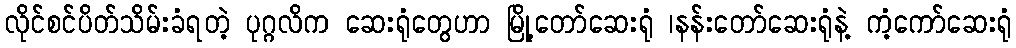
လိုင်စင်ပိတ်သိမ်းခံရတဲ့ ပုဂ္ဂလိက ဆေးရုံတွေဟာ မြို့တော်ဆေးရုံ ၊နန်းတော်ဆေးရုံနဲ့ ကံ့ကော်ဆေးရုံ